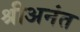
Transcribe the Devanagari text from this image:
श्रीअनंत